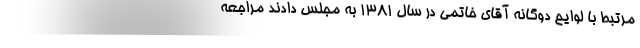
مرتبط با لوایح دوگانه آقای خاتمی در سال 1381 به مجلس دادند مراجعه